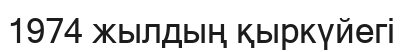
1974 жылдың қыркүйегі